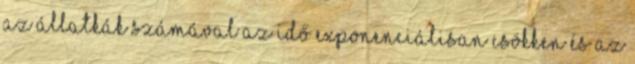
Az állatkák számával az idő exponenciálisan csökken és az